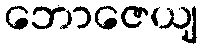
ဘောဇေယျ